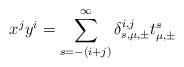
LaTeX: \begin{align*} x^j y^i = \sum^{\infty}_{s=-(i+j)} \delta^{i,j}_{s,\mu,\pm} t^{s}_{\mu,\pm}\end{align*}